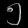
Digit: ၅